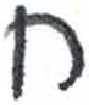
אות: ח